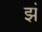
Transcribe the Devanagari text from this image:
झं